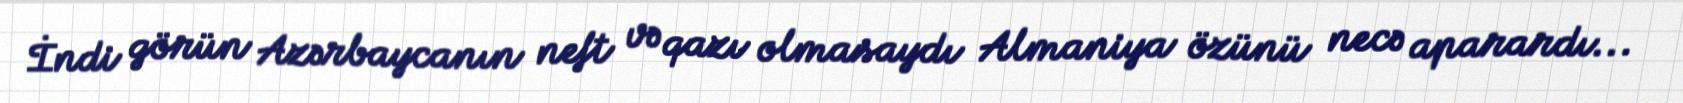
İndi görün Azərbaycanın neft və qazı olmasaydı Almaniya özünü necə aparardı...